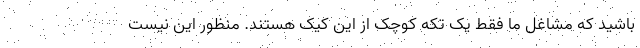
باشید که مشاغل ما فقط یک تکه کوچک از این کیک هستند. منظور این نیست